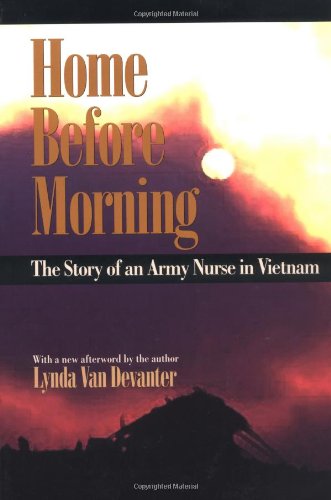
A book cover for Home before Morning: The Story of an Army Nurse in Vietnam; Lynda Van Devanter; Biographies & Memoirs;